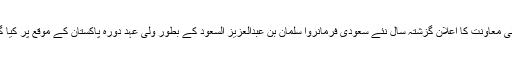
اس مالی معاونت کا اعلان گزشتہ سال نئے سعودی فرمانروا سلمان بن عبدالعزیز السعود کے بطور ولی عہد دورہ پاکستان کے موقع پر کیا گیا تھا۔